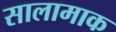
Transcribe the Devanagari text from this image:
सालामाक